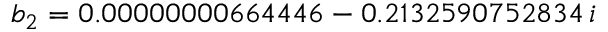
b _ { 2 } = 0 . 0 0 0 0 0 0 0 0 6 6 4 4 4 6 - 0 . 2 1 3 2 5 9 0 7 5 2 8 3 4 \, i